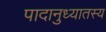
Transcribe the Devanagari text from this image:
पादानुध्यातस्य